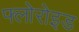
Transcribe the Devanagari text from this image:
फ्लोरोइड